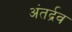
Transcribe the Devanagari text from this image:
अंतर्द्रव